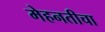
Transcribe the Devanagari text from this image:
मेहनतीचा